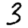
Digit: 3